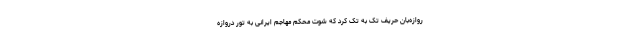
روازه‌بان حریف تک به تک کرد که شوت محکم مهاجم ایرانی به تور دروازه